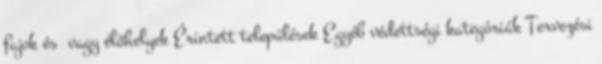
fajok és vagy élőhelyek Érintett települések Egyéb védettségi kategóriák Tervezési